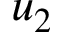
u _ { 2 }